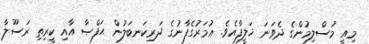
މިއީ މުސްލިމުންގެ ދެވަނަ ޚަލީފާއެވެ. ޢުމަރުގެފާނުގެ ދަރިކަނބަލުން ޙަފްޞާ އާއި ކީރިތި ރަސޫލާ